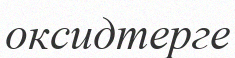
оксидтерге